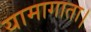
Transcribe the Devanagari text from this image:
यामागाता।